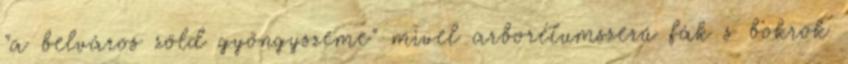
"a belváros zöld gyöngyszeme" mivel arborétumszerű fák s bokrok